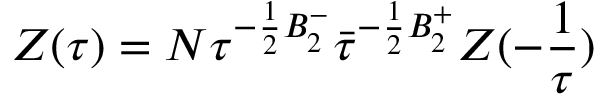
{ \cal { Z } } ( \tau { } ) = { \cal N } \tau ^ { - \frac { 1 } { 2 } B _ { 2 } ^ { - } } \bar { \tau } ^ { - \frac { 1 } { 2 } B _ { 2 } ^ { + } } { \cal { Z } } ( - \frac { 1 } { \tau } )